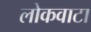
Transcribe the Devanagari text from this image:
लोकवाटा